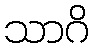
သာဂိ